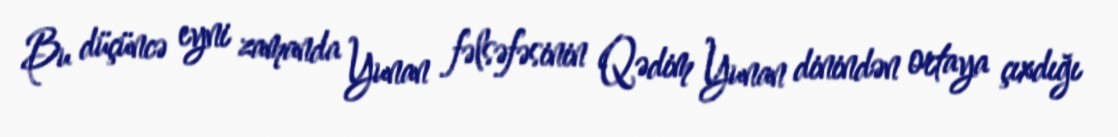
Bu düçüncə eyni zamanda Yunan fəlsəfəsinin Qədim Yunan dinindən ortaya çıxdığı